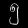
Digit: ၅